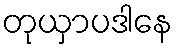
တုယှာပဒါနေ